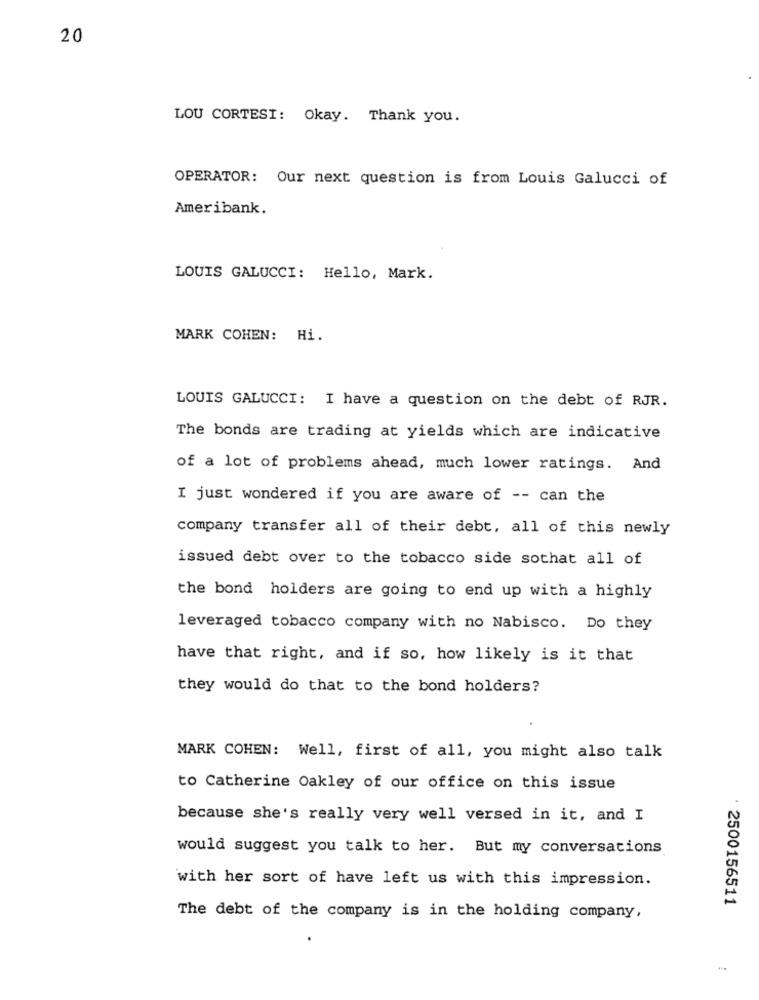
20
LOU CORTESI: Okay. Thank you.
OPERATOR: Our next question is from Louis Galucci of
Ameribank.
LOUIS GALUCCI: Hello, Mark.
MARK COHEN: Hi.
LOUIS GALUCCI: I have a question on the debt of RJR.
The bonds are trading at yields which are indicative
of a lot of problems ahead, much lower ratings. And
I just wondered if you are aware of -- can the
company transfer all of their debt, all of this newly
issued debt over to the tobacco side sothat all of
the bond holders are going to end up with a highly
leveraged tobacco company with no Nabisco. Do they
have that right, and if so, how likely is it that
they would do that to the bond holders?
MARK COHEN: Well, first of all, you might also talk
to Catherine Oakley of our office on this issue
because she's really very well versed in it, and I
would suggest you talk to her. But my conversations
with her sort of have left us with this impression.
: 2500156511
The debt of the company is in the holding company,